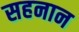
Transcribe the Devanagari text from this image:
सहनान